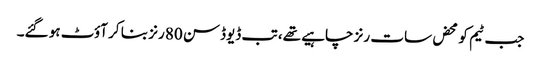
جب ٹیم کو محض سات رنز چاہیے تھے، تب ڈیوڈسن 80 رنز بنا کر آؤٹ ہو گئے۔